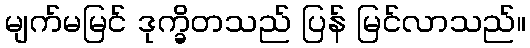
မျက်မမြင် ဒုက္ခိတသည် ပြန် မြင်လာသည်။